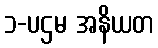
၁-ပဌမ အနိယတ